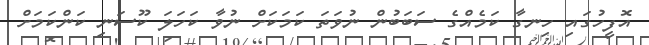
އޮފީހުގައި ހިނގާ ކަމެއްގެ ސަބަބުން ނުވަތަ ކަމަކަށް ނުވާ ކަހަލަ ކޫސަނި ކަންކަމަށް